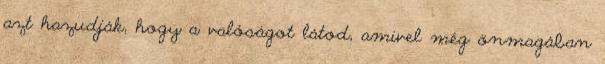
azt hazudják, hogy a valóságot látod, amivel még önmagában